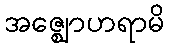
အဇ္ဈောဟရာမိ